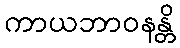
ကာယဘာဝနန္တိ